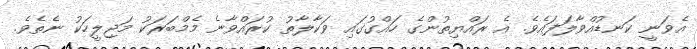
އެވަނީ ކަނޑުއްވާލަފައެވެ. އެ ރައްޔިތުންގެ ހައްގުގައި ވަކާލާތު ކުރައްވާނެ މެމްބަރަކު މަޖިލީހަކު ނެތެވެ.